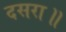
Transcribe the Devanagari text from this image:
दसरा॥